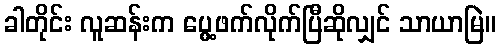
ခါတိုင်း လူဆန်းက ပွေ့ဖက်လိုက်ပြီဆိုလျှင် သာယာမြဲ။